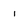
Character: i